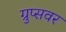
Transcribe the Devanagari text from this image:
ग्रुप्सवर